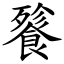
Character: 餮